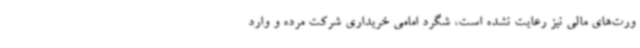
ورت‌های مالی نیز رعایت نشده است، شگرد امامی خریداری شرکت مرده و وارد